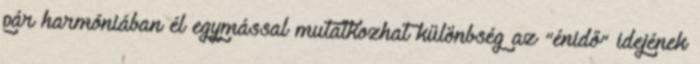
pár harmóniában él egymással mutatkozhat különbség az “énidő” idejének